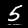
Digit: 5